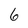
Character: 6